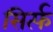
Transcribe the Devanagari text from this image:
सिर्त्फ